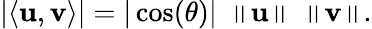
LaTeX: \left|\langle\mathbf{u},\mathbf{v}\rangle\right|=|\cos(\theta)|\ \left\| \mathbf{u}\right\| \ \left\| \mathbf{v}\right\| .